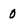
Character: 0